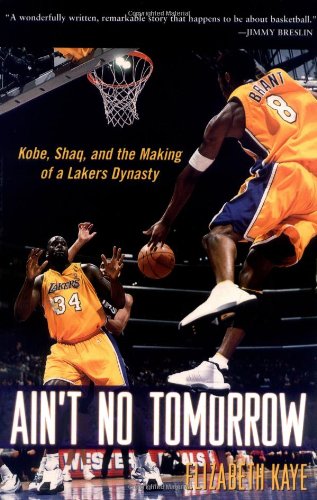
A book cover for Ain't No Tomorrow : Kobe, Shaq, and the Making of a Lakers Dynasty; Elizabeth Kaye; Sports & Outdoors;